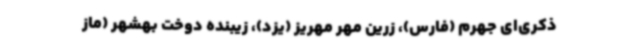
ذکری‌ای جهرم (فارس)، زرین مهر مهریز (یزد)، زیبنده دوخت بهشهر (ماز